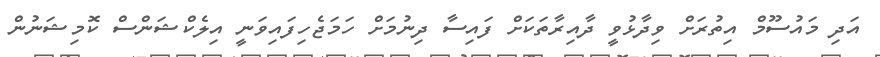
އަދި މައުސޫމް އިތުރަށް ވިދާޅުވީ ދާއިރާތަކަށް ފައިސާ ދިނުމަށް ހަމަޖެހިފައިވަނީ އިލެކްޝަންސް ކޮމިޝަނުން